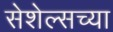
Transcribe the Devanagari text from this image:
सेशेल्सच्या